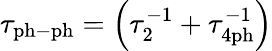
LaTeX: \tau_{\mathrm{ph-ph}}=\left(\tau_{2}^{-1}+\tau_{4\mathrm{ph}}^{-1}\right)